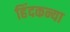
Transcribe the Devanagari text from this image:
हिंदकन्या